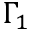
\Gamma _ { 1 }